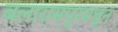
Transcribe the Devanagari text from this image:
बलारामपूरमधून